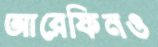
আরেফিনও